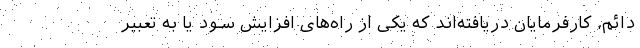
دائم، کارفرمایان دریافته‌اند که یکی از راه‌های افزایش سود یا به تعبیر